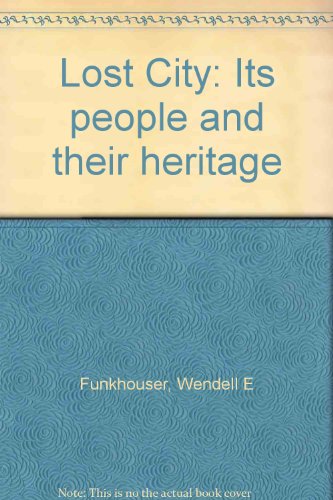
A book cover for Lost City: Its people and their heritage; Wendell E Funkhouser; Travel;